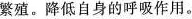
繁殖。降低自身的呼吸作用。